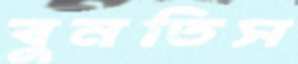
বুনতিস